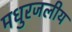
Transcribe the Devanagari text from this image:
मधुरजलीय